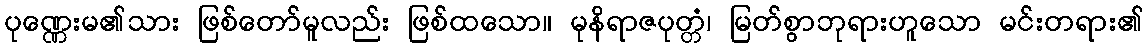
ပုဏ္ဏေးမ၏သား ဖြစ်တော်မူလည်း ဖြစ်ထသော။ မုနိရာဇပုတ္တံ၊ မြတ်စွာဘုရားဟူသော မင်းတရား၏